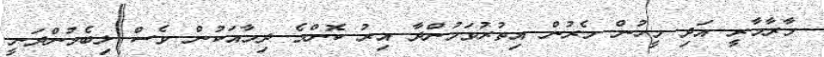
މާރާމާރީ އަދި މީހުން މެރުން އިތުރުވަމުންދާ އިރު ކޮންމެ ދިމާއަކުން ވެސް ލިބެމުންދަނީ